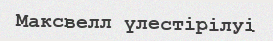
Максвелл үлестірілуі